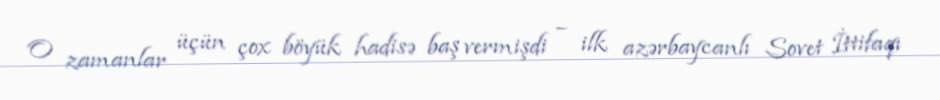
O zamanlar üçün çox böyük hadisə baş vermişdi – ilk azərbaycanlı Sovet İttifaqı